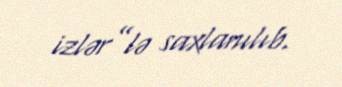
izlər”lə saxlanılıb.